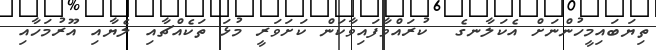
ތިޔަބައިމީހުންނަށް އެކަލާނގެ  ކުރައްވާފައިވާކަން ކަށަވަރީ މުޅަ ތަކެއްޗާއި ލެޔާއި އޫރުމަހާއި